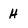
Character: H